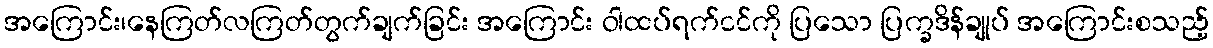
အကြောင်း၊နေကြတ်လကြတ်တွက်ချက်ခြင်း အကြောင်း ဝါထပ်ရက်ငင်ကို ပြသော ပြက္ခဒိန်ချုပ် အကြောင်းစသည့်